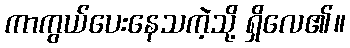
ကာကွယ်ပေးနေသကဲ့သို့ ရှိလေ၏။